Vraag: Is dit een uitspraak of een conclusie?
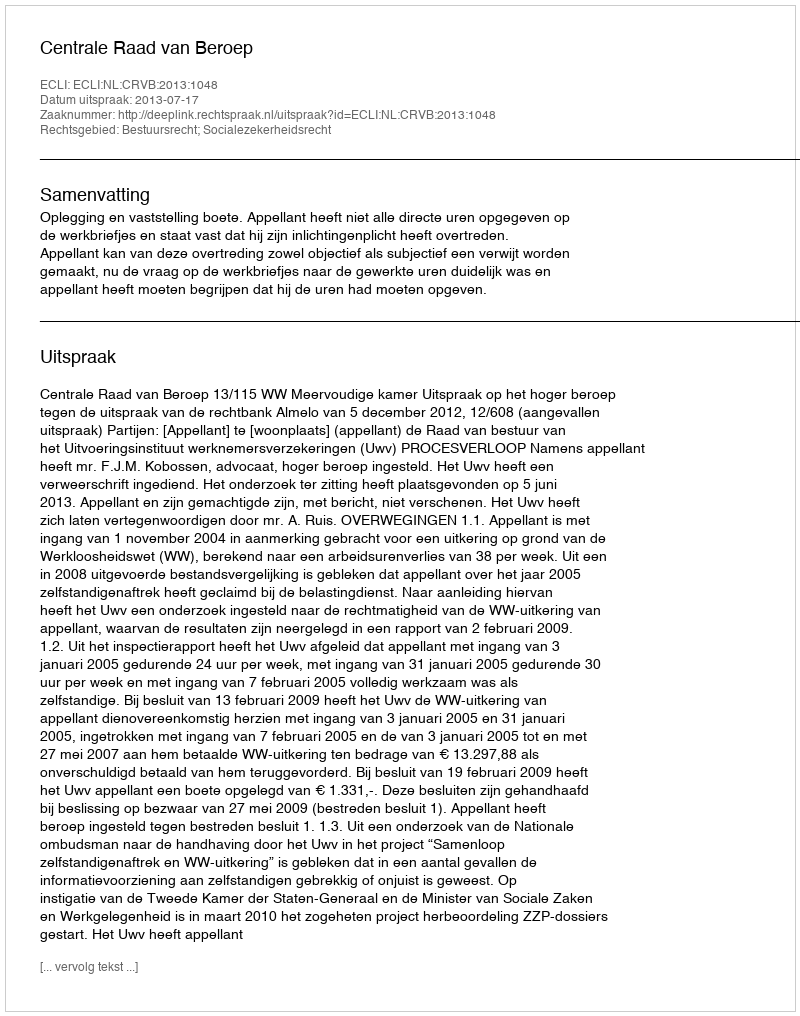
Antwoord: Uitspraak